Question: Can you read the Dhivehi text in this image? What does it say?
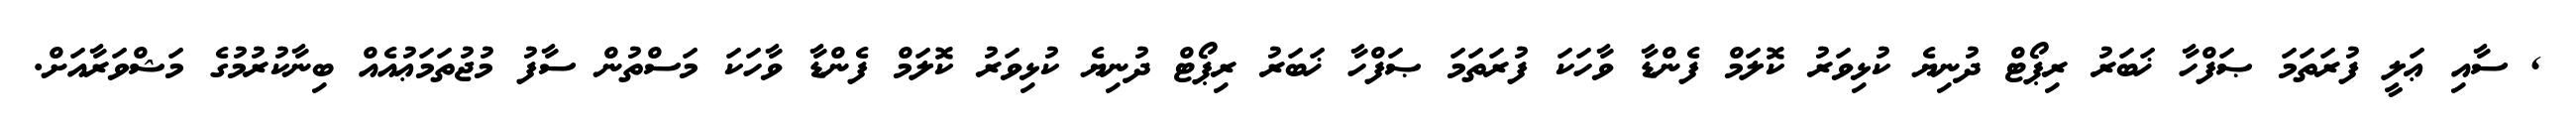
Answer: , ސާއި ޢަލީ ފުރަތަމަ ޞަފްހާ ޚަބަރު ރިޕޯޓް ދުނިޔެ ކުޅިވަރު ކޮލަމް ފެންޑާ ވާހަކަ ފުރަތަމަ ޞަފްހާ ޚަބަރު ރިޕޯޓް ދުނިޔެ ކުޅިވަރު ކޮލަމް ފެންޑާ ވާހަކަ މަސްތުން ސާފު މުޖުތަމަޢުއެއް ބިނާކުރުމުގެ މަޝްވަރާއަށް.